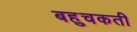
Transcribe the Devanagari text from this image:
बहुचकती